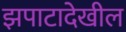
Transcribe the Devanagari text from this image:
झपाटादेखील